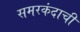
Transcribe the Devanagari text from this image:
समरकंदाची